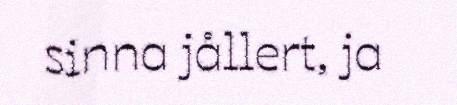
sinna jållert, ja